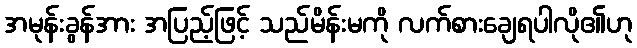
အမုန်းခွန်အား အပြည့်ဖြင့် သည်မိန်းမကို လက်စားချေရပါလို၏ဟု